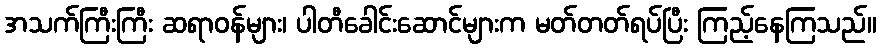
အသက်ကြီးကြီး ဆရာဝန်များ၊ ပါတီခေါင်းဆောင်များက မတ်တတ်ရပ်ပြီး ကြည့်နေကြသည်။